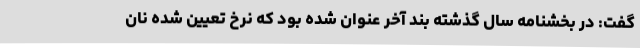
گفت: در بخشنامه سال گذشته بند آخر عنوان شده بود که نرخ تعیین شده نان